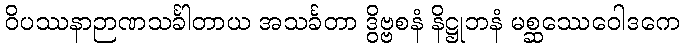
ဝိပဿနာဉာဏသင်္ခါတာယ အသင်္ခတာ ဒွိဗ္ဗစနံ နိဋ္ဌုဘနံ မစ္ဆဿေဝေါဒကေ